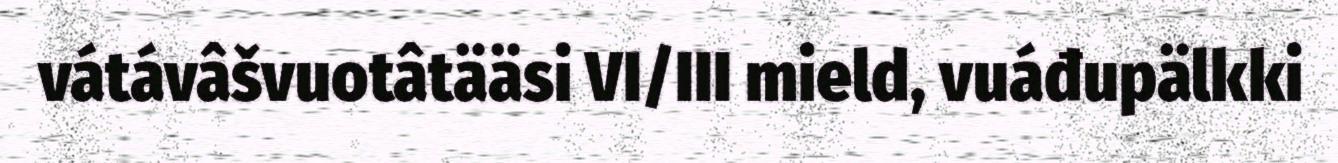
vátávâšvuotâtääsi VI/III mield, vuáđupälkki